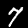
Label: 7